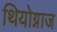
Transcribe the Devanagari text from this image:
थियोग्नाज